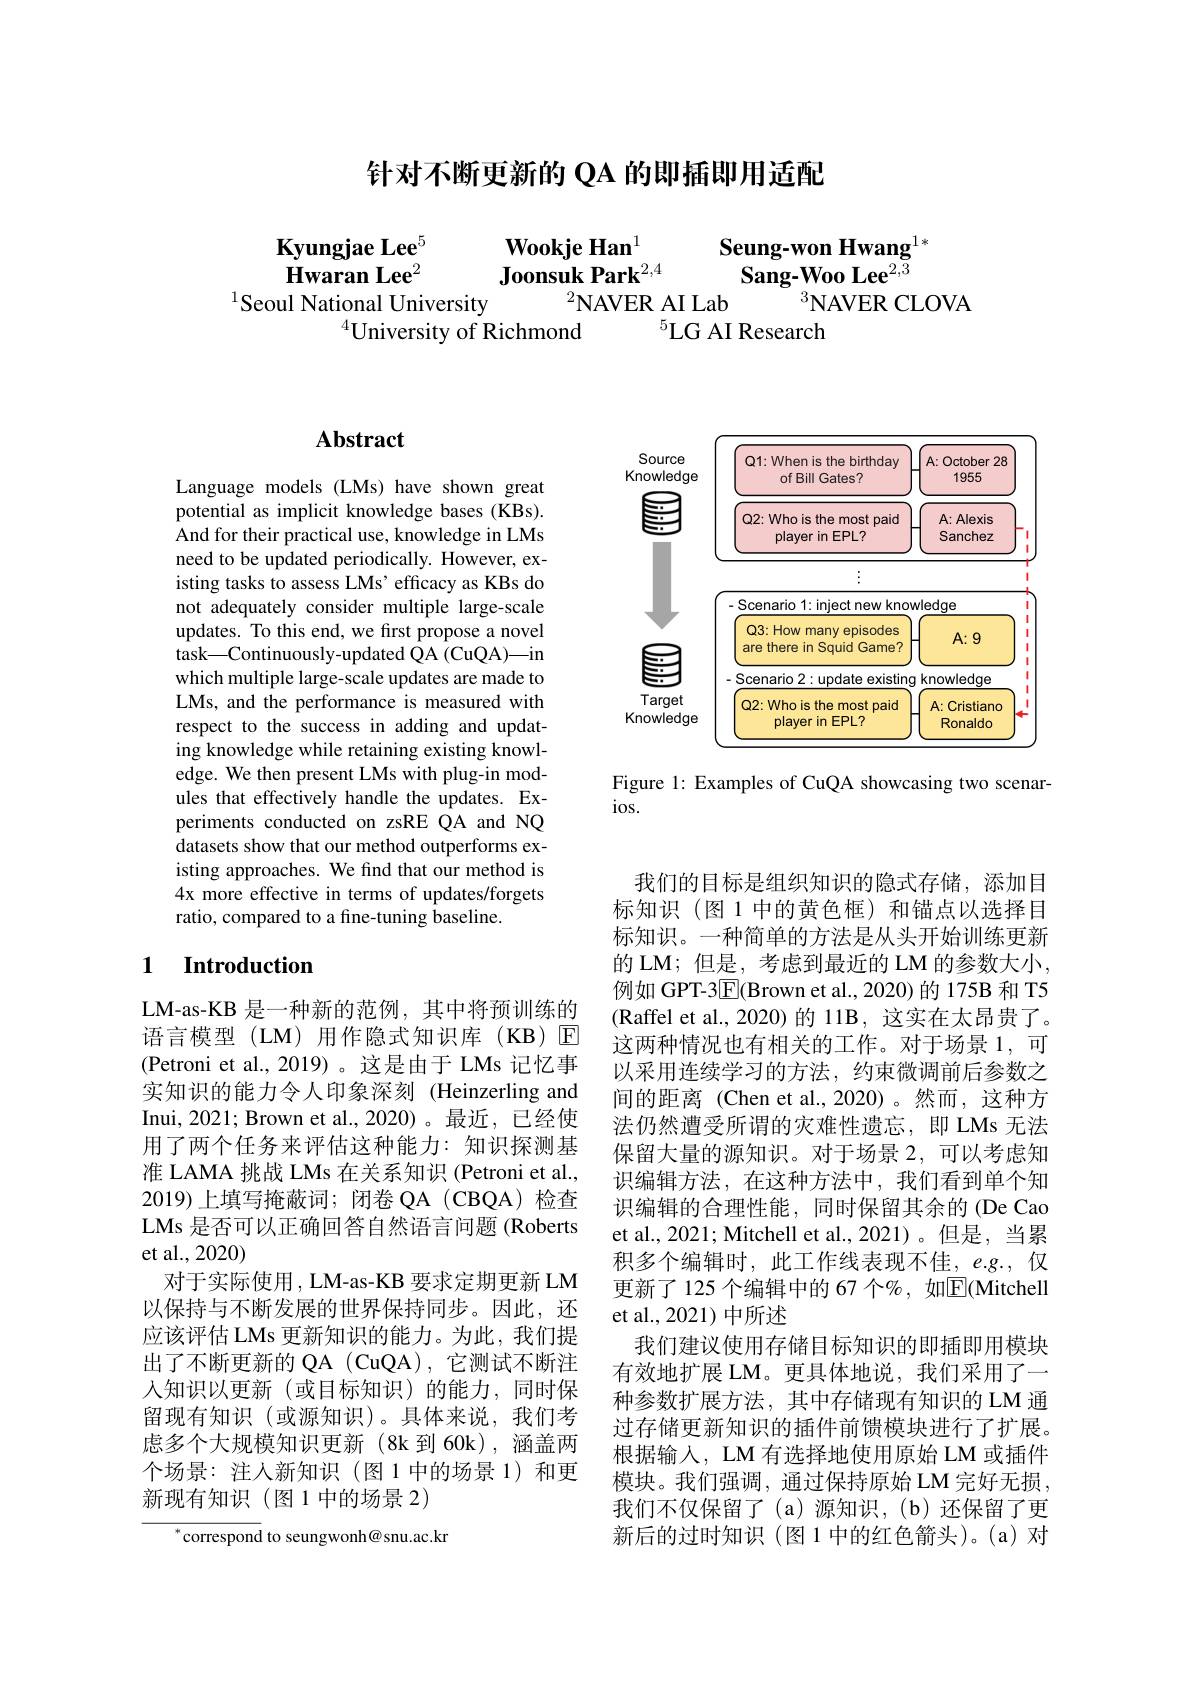
# 针对不断更新的 QA 的即插即用适配

Kyungjae Lee$^{5}$
Wookje Han$^{1}$
Seung-won Hwang$^{1*}$
$\mathbf{Hwaran~Lee}^{2}$
Joonsuk Park$^{2,4}$
$\tilde{\mathbf{Sang-WooLee}^{2,3}}$
$^{1}$Seoul National University
$^{2}$NAVER AI Lab
$^3$NAVER CLOVA
$^{4}$University of Richmond
$^{5}$LG AI Research

## $\mathbf{Abstract}$

Language models (LMs) have shown great potential as implicit knowledge bases (KBs). $\hat{\text{And for their practical use, knowledge in LMs}}$ need to be updated periodically. However, existing tasks to assess LMs' efficacy as KBs do not adequately consider multiple large-scale updates. To this end, we first propose a novel $\hat{\text{task}—\text{Continuously-updated QA (CuQA)—in}}$ which multiple large-scale updates are made to LMs, and the performance is measured with respect to the success in adding and updating knowledge while retaining existing knowledge. We then present LMs with plug-in modules that effectively handle the updates. Experiments conducted on zsRE QA and NQ datasets show that our method outperforms existing approaches. We find that our method is 4x more effective in terms of updates/forgets ratio, compared to a fine-tuning baseline.

### 1 Introduction

LM-as-KB 是一种新的范例，其中将预训练的语言模型(LM)用作隐式知识库(KB)☑ (Petroni et al.,2019)。这是由于 LMs 记忆事实知识的能力令人印象深刻 (Heinzerling and Inui, 2021; Brown et al., 2020)。最近，已经使用了两个任务来评估这种能力：知识探测基准 LAMA 挑战 LMs 在关系知识 (Petroni et al., 2019)上填写掩蔽词；闭卷 QA (CBQA)检查LMs 是否可以正确回答自然语言问题 (Roberts et al.,2020)
对于实际使用，LM-as-KB 要求定期更新 LM 以保持与不断发展的世界保持同步。因此，还应该评估 LMs 更新知识的能力。为此，我们提出了不断更新的 QA (CuQA),它测试不断注人知识以更新(或目标知识)的能力，同时保留现有知识(或源知识)。具体来说，我们考虑多个大规模知识更新(8k到60k),涵盖两个场景：注人新知识(图1中的场景 1)和更新现有知识(图1中的场景2)

$^{*}$correspond to seungwonh@snu.ac.kr

<FigureHere>

Figure 1: Examples of CuQA showcasing two scenar-
$ios.$

我们的目标是组织知识的隐式存储，添加目标知识(图 1 中的黄色框)和锚点以选择目标知识。一种简单的方法是从头开始训练更新的 LM; 但是，考虑到最近的 LM 的参数大小， 例如 GPT-3$\underline{\mathrm{E}}($Brown et al.,2020)的 175B 和 T5 (Raffel et al., 2020) 的 11B, 这实在太昂贵了。这两种情况也有相关的工作。对于场景 1,可以采用连续学习的方法，约束微调前后参数之间的距离 (Chen et al.,2020)。然而，这种方法仍然遭受所谓的灾难性遗忘，即 LMs 无法保留大量的源知识。对于场景 2,可以考虑知识编辑方法，在这种方法中，我们看到单个知识编辑的合理性能，同时保留其余的(De Cao et al., 2021; Mitchell et al., 2021)。但是，当累积多个编辑时，此工作线表现不佳，e.g.,仅更新了125个编辑中的 67 个%, 如$\overline{\mathrm{E}}($Mitchell et al., 2021) 中所述
我们建议使用存储目标知识的即插即用模块有效地扩展 LM。更具体地说，我们采用了一种参数扩展方法，其中存储现有知识的 LM 通过存储更新知识的插件前馈模块进行了扩展。根据输入，LM 有选择地使用原始 LM 或插件模块。我们强调，通过保持原始 LM 完好无损， 我们不仅保留了(a)源知识，(b)还保留了更新后的过时知识(图1中的红色箭头)。(a)对